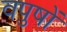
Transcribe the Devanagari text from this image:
वपुषों